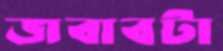
জবাবটা